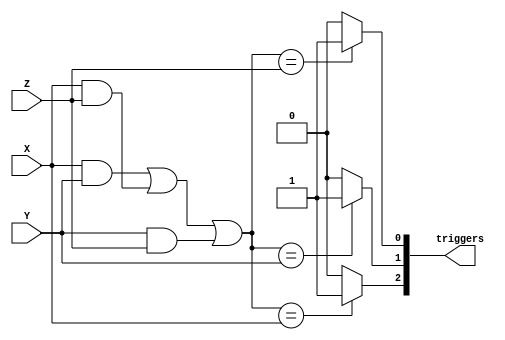
`timescale 1ns / 1ps
//////////////////////////////////////////////////////////////////////////////////
// Company: 
// Engineer: 
// 
// Design Name: 
// Module Name: majority
// Project Name: 
// Target Devices: 
// Tool Versions: 
// Description: 
// 
// Dependencies: 
// 
// Revision:
// Revision 0.01 - File Created
// Additional Comments:
// 
//////////////////////////////////////////////////////////////////////////////////


module majority(
input X,
    input Y,
    input Z,
    output reg [0:2]triggers
    );
    
wire maj_logic;
assign maj_logic = (X&Y) | (X&Z) | (Y&Z);// 
    always @(X,Y,Z)
    begin
        if(maj_logic == X)
            triggers[0] <= 1'b1;
        else 
            triggers[0] <= 1'b0;
        if(maj_logic == Y)
            triggers[1] <= 1'b1;
        else
            triggers[1] <= 1'b0;
        if(maj_logic == Z)
            triggers[2] <= 1'b1;
        else
            triggers[2] <= 1'b0;
    end
endmodule